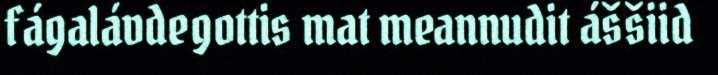
fágalávdegottis mat meannudit áššiid